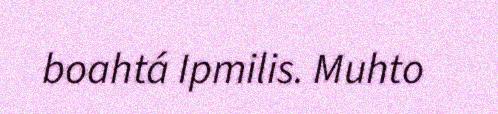
boahtá Ipmilis. Muhto